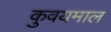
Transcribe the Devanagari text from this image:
कुवयमाल